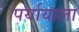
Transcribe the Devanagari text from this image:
पर्यायाला